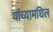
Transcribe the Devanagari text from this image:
यांच्यामधिल